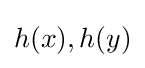
h(x),h(y)